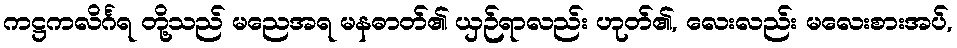
ကဋ္ဌကလိင်္ဂရ တို့သည် မညေအရ မနဓာတ်၏ ယှဉ်ရာလည်း ဟုတ်၏, လေးလည်း မလေးစားအပ်,